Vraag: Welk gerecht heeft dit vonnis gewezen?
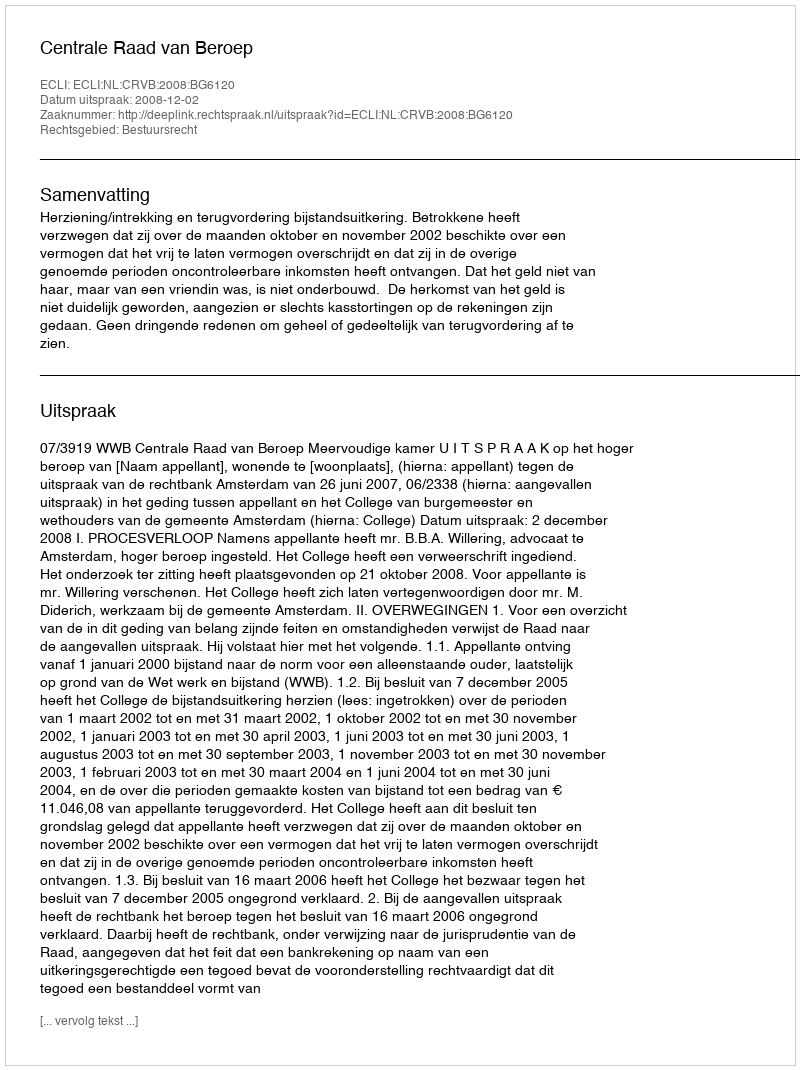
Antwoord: Centrale Raad van Beroep